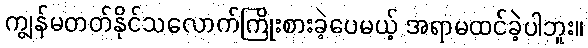
ကျွန်မတတ်နိုင်သလောက်ကြိုးစားခဲ့ပေမယ့် အရာမထင်ခဲ့ပါဘူး။